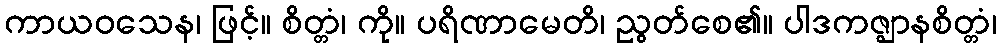
ကာယဝသေန၊ ဖြင့်။ စိတ္တံ၊ ကို။ ပရိဏာမေတိ၊ ညွတ်စေ၏။ ပါဒကဇ္ဈာနစိတ္တံ၊